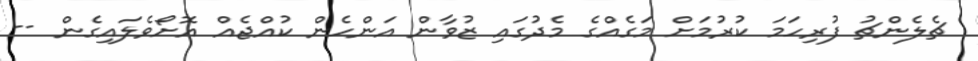
ޗެލެންޗު ފުރިހަމަ ކުރުމަށް މަގެއްގެ މެދުގައި ޒުވާން އަންހެން ކުއްޖެއް އޮށޯވެލައިގެން --